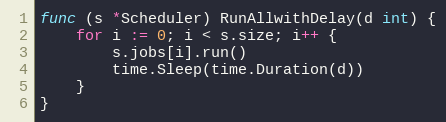
Language: Go
func (s *Scheduler) RunAllwithDelay(d int) {
	for i := 0; i < s.size; i++ {
		s.jobs[i].run()
		time.Sleep(time.Duration(d))
	}
}